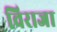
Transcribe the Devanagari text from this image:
विराजा